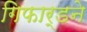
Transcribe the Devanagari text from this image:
गिफार्डने